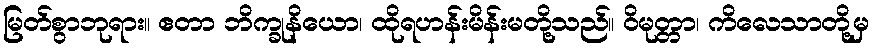
မြတ်စွာဘုရား။ ဧတာ ဘိက္ခုနိယော၊ ထိုရဟန်းမိန်းမတို့သည်။ ဝိမုတ္တာ၊ ကိလေသာတို့မှ